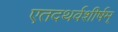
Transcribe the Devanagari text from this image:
एतदथर्वशीर्षम्‌